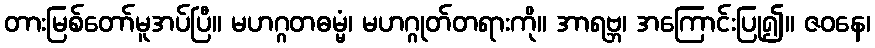
တားမြစ်တော်မူအပ်ပြီ။ မဟဂ္ဂတဓမ္မံ၊ မဟဂ္ဂုတ်တရားကို။ အာရဗ္ဘ၊ အကြောင်းပြု၍။ ဇဝနေ၊